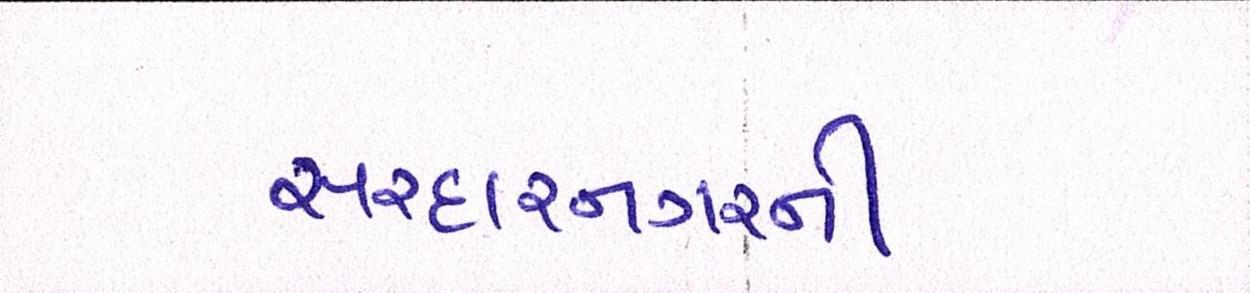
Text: સરદારનગરની